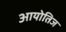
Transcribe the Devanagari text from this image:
आयोतिज